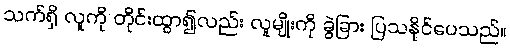
သက်ရှိ လူကို တိုင်းထွာ၍လည်း လူမျိုးကို ခွဲခြား ပြသနိုင်ပေသည်။